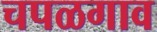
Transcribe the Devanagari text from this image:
चपळगाव